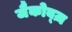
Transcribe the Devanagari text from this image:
जैकोब्ज़